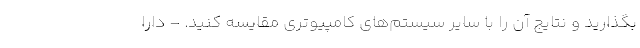
بگذارید و نتایج آن را با سایر سیستم‌های کامپیوتری مقایسه کنید. – دارا